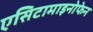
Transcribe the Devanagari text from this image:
एसिटामाइनोफेन